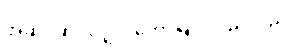
အဆိုင်ဆိုင်လျှင်၊ တောမြိုင်လည်လှည့်၊